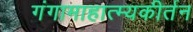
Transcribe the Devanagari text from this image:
गंगामाहात्म्यकीर्तन